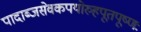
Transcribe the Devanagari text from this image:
पादाब्जसेवकपयोरुहपूतपूष्णः